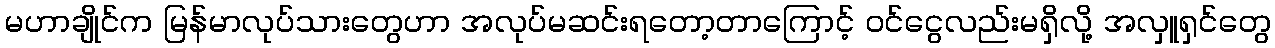
မဟာချိုင်က မြန်မာလုပ်သားတွေဟာ အလုပ်မဆင်းရတော့တာကြောင့် ဝင်ငွေလည်းမရှိလို့ အလှူရှင်တွေ